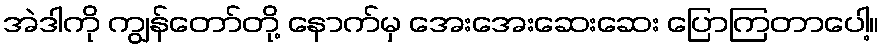
အဲဒါကို ကျွန်တော်တို့ နောက်မှ အေးအေးဆေးဆေး ပြောကြတာပေါ့။